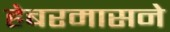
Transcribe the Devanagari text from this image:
हेबरमासने